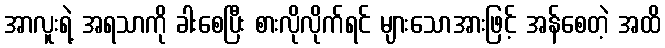
အာလူးရဲ့ အရသာကို ခါးစေပြီး စားလိုလိုက်ရင် များသောအားဖြင့် အန်စေတဲ့ အထိ